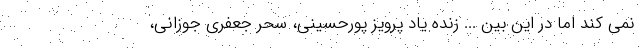
نمی کند اما در این بین ... زنده یاد پرویز پورحسینی، سحر جعفری جوزانی،